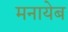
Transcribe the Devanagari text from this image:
मनायेब